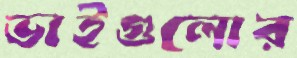
ভাইগুলোর